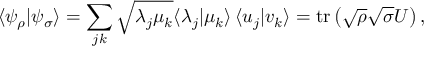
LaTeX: \langle \psi _ { \rho } | \psi _ { \sigma } \rangle = \sum _ { j k } { \sqrt { \lambda _ { j } \mu _ { k } } } \langle \lambda _ { j } | \mu _ { k } \rangle \, \langle u _ { j } | v _ { k } \rangle = \operatorname { t r } \left( { \sqrt { \rho } } { \sqrt { \sigma } } U \right) ,